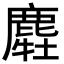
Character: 𪋂